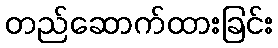
တည်ဆောက်ထားခြင်း